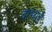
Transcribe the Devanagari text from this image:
वाभाडे